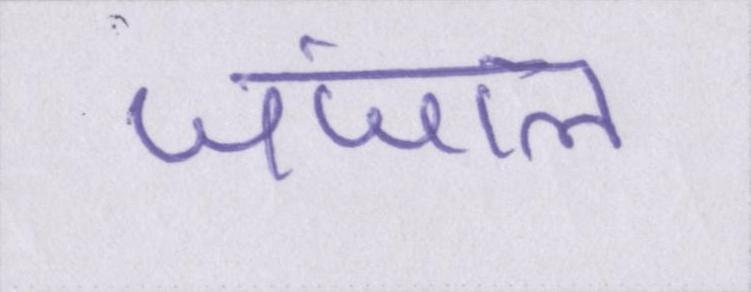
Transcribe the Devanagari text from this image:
जंजाल